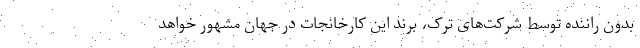
بدون راننده توسط شرکت‌های تُرک، برند این کارخانجات در جهان مشهور خواهد